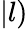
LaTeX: |l)